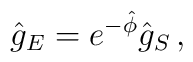
{\hat g}_E = e^{-\hat \phi} {\hat g}_S\, ,